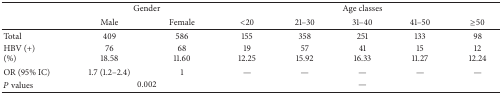
|  | <COLSPAN=2> Gender | <COLSPAN=5> Age classes |
 |  | Male | Female | <20 | 21–30 | 31–40 | 41–50 | ≥50 |
 | --- | --- | --- | --- | --- | --- | --- | --- |
 | Total | 409 | 586 | 155 | 358 | 251 | 133 | 98 |
 | HBV (+)(%) | 7618.58 | 6811.60 | 1912.25 | 5715.92 | 4116.33 | 1511.27 | 1212.24 |
 | OR (95% IC) | 1.7 (1.2–2.4) | 1 | — | — | — | — | — |
 | P values | <COLSPAN=2> 0.002 | <COLSPAN=5> — |